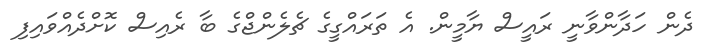
ދެން ހަދާންވާނީ ރައީސް ޔާމީން. އެ ތަރައްގީގެ ޗެލެންޖްގެ ބާ ރެއިސް ކޮށްދެއްވައިފި